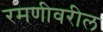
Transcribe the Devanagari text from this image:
रमणीवरील